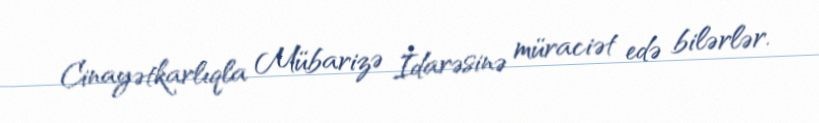
Cinayətkarlıqla Mübarizə İdarəsinə müraciət edə bilərlər.